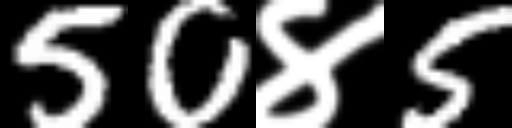
Text: 50४5